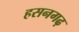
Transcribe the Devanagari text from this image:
हसनगढ़